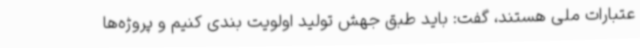
عتبارات ملی هستند، گفت: باید طبق جهش تولید اولویت بندی کنیم و پروژه‌ها